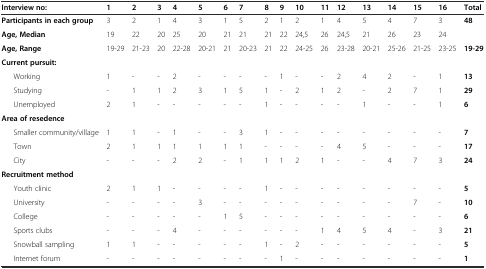
<table><thead><tr><td><b>Interview no:</b></td><td><b>1</b></td><td><b>2</b></td><td><b>3</b></td><td><b>4</b></td><td><b>5</b></td><td><b>6</b></td><td><b>7</b></td><td><b>8</b></td><td><b>9</b></td><td><b>10</b></td><td><b>11</b></td><td><b>12</b></td><td><b>13</b></td><td><b>14</b></td><td><b>15</b></td><td><b>16</b></td><td><b>Total</b></td></tr></thead><tbody><tr><td><b>Participants in each group</b></td><td>3</td><td>2</td><td>1</td><td>4</td><td>3</td><td>1</td><td>5</td><td>2</td><td>1</td><td>2</td><td>1</td><td>4</td><td>5</td><td>4</td><td>7</td><td>3</td><td><b>48</b></td></tr><tr><td><b>Age, Median</b></td><td>19</td><td>22</td><td>20</td><td>25</td><td>20</td><td>21</td><td>21</td><td>21</td><td>22</td><td>24,5</td><td>26</td><td>24,5</td><td>21</td><td>26</td><td>23</td><td>24</td><td></td></tr><tr><td><b>Age, Range</b></td><td>19-29</td><td>21-23</td><td>20</td><td>22-28</td><td>20-21</td><td>21</td><td>20-23</td><td>21</td><td>22</td><td>24-25</td><td>26</td><td>23-28</td><td>20-21</td><td>25-26</td><td>21-25</td><td>23-25</td><td><b>19-29</b></td></tr><tr><td><b>Current pursuit:</b></td><td></td><td></td><td></td><td></td><td></td><td></td><td></td><td></td><td></td><td></td><td></td><td></td><td></td><td></td><td></td><td></td><td></td></tr><tr><td>Working</td><td>1</td><td>-</td><td>-</td><td>2</td><td>-</td><td>-</td><td>-</td><td>-</td><td>1</td><td>-</td><td>-</td><td>2</td><td>4</td><td>2</td><td>-</td><td>1</td><td><b>13</b></td></tr><tr><td>Studying</td><td>-</td><td>1</td><td>1</td><td>2</td><td>3</td><td>1</td><td>5</td><td>1</td><td>-</td><td>2</td><td>1</td><td>2</td><td>-</td><td>2</td><td>7</td><td>1</td><td><b>29</b></td></tr><tr><td>Unemployed</td><td>2</td><td>1</td><td>-</td><td>-</td><td>-</td><td>-</td><td>-</td><td>1</td><td>-</td><td>-</td><td>-</td><td>-</td><td>1</td><td>-</td><td>-</td><td>1</td><td><b>6</b></td></tr><tr><td><b>Area of resedence</b></td><td></td><td></td><td></td><td></td><td></td><td></td><td></td><td></td><td></td><td></td><td></td><td></td><td></td><td></td><td></td><td></td><td></td></tr><tr><td>Smaller community/village</td><td>1</td><td>1</td><td>-</td><td>1</td><td>-</td><td>-</td><td>3</td><td>1</td><td>-</td><td>-</td><td>-</td><td>-</td><td>-</td><td>-</td><td>-</td><td>-</td><td><b>7</b></td></tr><tr><td>Town</td><td>2</td><td>1</td><td>1</td><td>1</td><td>1</td><td>1</td><td>1</td><td>-</td><td>-</td><td>-</td><td>-</td><td>4</td><td>5</td><td>-</td><td>-</td><td>-</td><td><b>17</b></td></tr><tr><td>City</td><td>-</td><td>-</td><td>-</td><td>2</td><td>2</td><td>-</td><td>1</td><td>1</td><td>1</td><td>2</td><td>1</td><td>-</td><td>-</td><td>4</td><td>7</td><td>3</td><td><b>24</b></td></tr><tr><td><b>Recruitment method</b></td><td></td><td></td><td></td><td></td><td></td><td></td><td></td><td></td><td></td><td></td><td></td><td></td><td></td><td></td><td></td><td></td><td></td></tr><tr><td>Youth clinic</td><td>2</td><td>1</td><td>1</td><td>-</td><td>-</td><td>-</td><td>-</td><td>1</td><td>-</td><td>-</td><td>-</td><td>-</td><td>-</td><td>-</td><td>-</td><td>-</td><td><b>5</b></td></tr><tr><td>University</td><td>-</td><td>-</td><td>-</td><td>-</td><td>3</td><td>-</td><td>-</td><td>-</td><td>-</td><td>-</td><td>-</td><td>-</td><td>-</td><td>-</td><td>7</td><td>-</td><td><b>10</b></td></tr><tr><td>College</td><td>-</td><td>-</td><td>-</td><td>-</td><td>-</td><td>1</td><td>5</td><td>-</td><td>-</td><td>-</td><td>-</td><td>-</td><td>-</td><td>-</td><td>-</td><td>-</td><td><b>6</b></td></tr><tr><td>Sports clubs</td><td>-</td><td>-</td><td>-</td><td>4</td><td>-</td><td>-</td><td>-</td><td>-</td><td>-</td><td>-</td><td>1</td><td>4</td><td>5</td><td>4</td><td>-</td><td>3</td><td><b>21</b></td></tr><tr><td>Snowball sampling</td><td>1</td><td>1</td><td>-</td><td>-</td><td>-</td><td>-</td><td>-</td><td>1</td><td>-</td><td>2</td><td>-</td><td>-</td><td>-</td><td>-</td><td>-</td><td>-</td><td><b>5</b></td></tr><tr><td>Internet forum</td><td>-</td><td>-</td><td>-</td><td>-</td><td>-</td><td>-</td><td>-</td><td>-</td><td>1</td><td>-</td><td>-</td><td>-</td><td>-</td><td>-</td><td>-</td><td>-</td><td><b>1</b></td></tr></tbody></table>